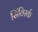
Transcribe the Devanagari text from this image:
सिंविर्स्क